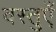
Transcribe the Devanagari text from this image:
वस्‍तुएँ